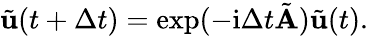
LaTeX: \tilde{\mathbf{u}}(t+\Delta t)=\exp(-\mathrm{i}\Delta t\tilde{\mathbf{A}})\tilde{\mathbf{u}}(t).